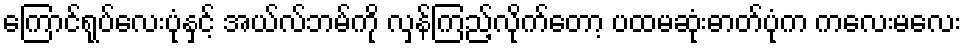
ကြောင်ရုပ်လေးပုံနှင့် အယ်လ်ဘမ်ကို လှန်ကြည့်လိုက်တော့ ပထမဆုံးဓာတ်ပုံက ကလေးမလေး